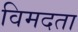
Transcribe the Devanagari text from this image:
विमदता